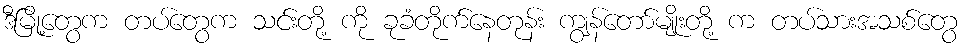
ဒီမြို့တွေက တပ်တွေက သင်းတို့ ကို ခုခံတိုက်နေတုန်း ကျွန်တော်မျိုးတို့ က တပ်သားအသစ်တွေ